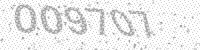
Solution: 009707